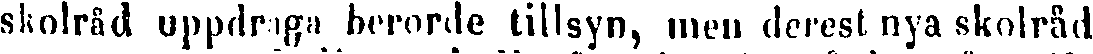
skolråd, uppdraga berörde tillsyn, men derest nya skolråd